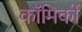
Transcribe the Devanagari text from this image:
काॅमिकों